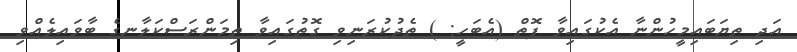
އަދި ތިޔަބައިމީހުންނާ އެކުގައިވާ ފޮތް (އެބަހީ: ) ތެދުކުރަނިވި ގޮތުގައިވާ ތިމަންރަސްކަލާނގެ ބާވައިލެއްވި